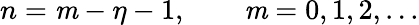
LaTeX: n=\mathit{m}-\eta-1,\qquad\mathit{m}=0,1,2,...